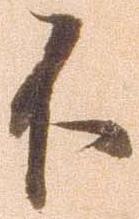
不